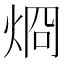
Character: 烱